Bombay plague: being a history of the progress of plague in the Bombay presidency from September 1896 to June 1899
Year: 1896
Disease focus: Plague
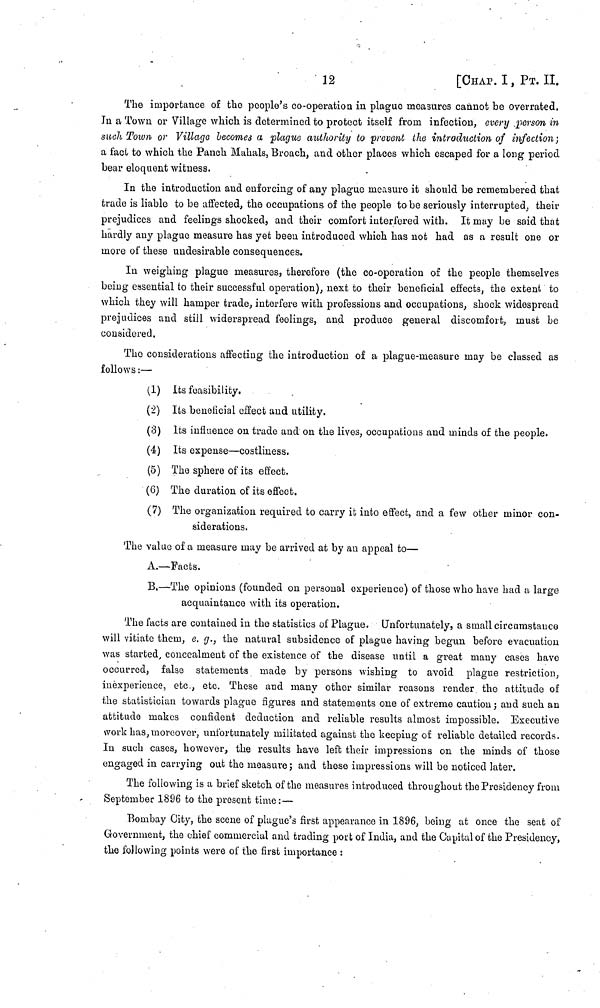
12
[CHAP. I, ΡT. II.
The importance of the people's co-operation in plague measures cannot be overrated,
In a Town or Village which is determined to protect itself from infection, every person in
such Town or Village becomes a plague authority to prevent the introduction of infection;
a fact to which the Panch Mahals, Broach, and other places which escaped for a long period
bear eloquent witness.
In the introduction and enforcing of any plague measure it should be remembered that
trade is liable to be affected, the occupations of the people to be seriously interrupted, their
prejudices and feelings shocked, and their comfort interfered with. It may be said that
hardly any plague measure has yet been introduced which has not had as a result one or
more of these undesirable consequences.
In weighing plague measures, therefore (the co-operation of the people themselves
being essential to their successful operation), next to their beneficial effects, the extent to
which they will hamper trade, interfere with professions and occupations; shock widespread
prejudices and still widerspread feelings, and produce general discomfort, must be
considered.
The considerations affecting the introduction of a plague-measure may be classed as
follows :—
(1) Its feasibility.
(2) Its beneficial effect and utility.
(3) Its influence on trade and on the lives, occupations and minds of the people.
(4) Its expense—costliness.
(5) The sphere of its effect.
(6) The duration of its effect.
(7) The organization required to carry it into effect, and a few other minor con-
siderations.
The value of a measure may be arrived at by an appeal to—
A.—Facts.
B.—The opinions (founded on personal experience) of those who have had a large
acquaintance with its operation.
The facts are contained in the statistics of Plague. Unfortunately, a small circumstance
will vitiate them, e. g., the natural subsidence of plague having begun before evacuation
was started, concealment of the existence of the disease until a great many cases have
occurred, false statements made by persons wishing to avoid plague restriction,
inexperience, etc., etc. These and many other similar reasons render the attitude of
the statistician towards plague figures and statements one of extreme caution; and such an
attitude makes confident deduction and reliable results almost impossible. Executive
work has, moreover, unfortunately militated against the keeping of reliable detailed records.
In such cases, however, the results have left their impressions on the minds of those
engaged in carrying out the measure; and these impressions will be noticed later.
The following is a brief sketch of the measures introduced throughout the Presidency from
September 1896 to the present time: —
Bombay City, the scene of plague's first appearance in 1896, being at once the seat of
Government, the chief commercial and trading port of India, and the Capital of the Presidency,
the following points were of the first importance :